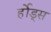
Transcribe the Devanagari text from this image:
र्होड्स